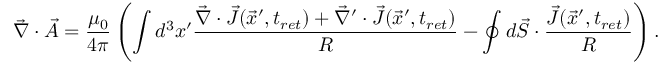
\vec { \nabla } \cdot \vec { A } = \frac { \mu _ { 0 } } { 4 \pi } \left( \int d ^ { 3 } x ^ { \prime } \frac { \vec { \nabla } \cdot \vec { J } ( \vec { x } ^ { \prime } , t _ { r e t } ) + \vec { \nabla } ^ { \prime } \cdot \vec { J } ( \vec { x } ^ { \prime } , t _ { r e t } ) } { R } - \oint d \vec { S } \cdot \frac { \vec { J } ( \vec { x } ^ { \prime } , t _ { r e t } ) } { R } \right) .